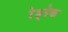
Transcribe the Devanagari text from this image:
रेड्नेक